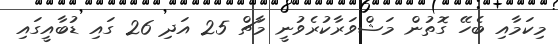
މިކަމާއި ބެހޭ ގޮތުން މަޝްވަރާކުރެވުނީ މާޗް 25 އަދި 26 ގައި ޑުބާއީގައި